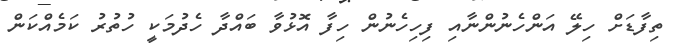
ތިފާޑަށް ހިލޭ އަންހެނުންނާއި ފިހިހެނުން ހިފާ އޮޅުވާ ބައްދާ ހެދުމަކީ ހުތުރު ކަމެއްކަން